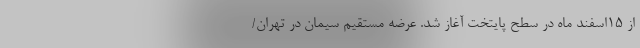
از ۱۵اسفند ماه در سطح پایتخت آغاز شد. عرضه مستقیم سیمان در تهران/